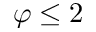
\varphi \leq 2